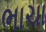
ભાચા